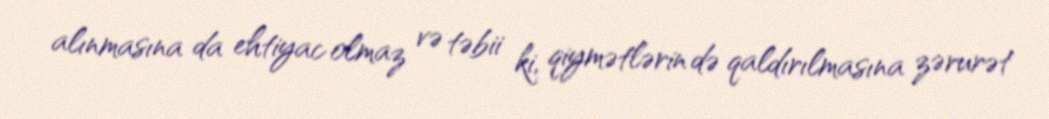
alınmasına da ehtiyac olmaz və təbii ki, qiymətlərin də qaldırılmasına zərurət